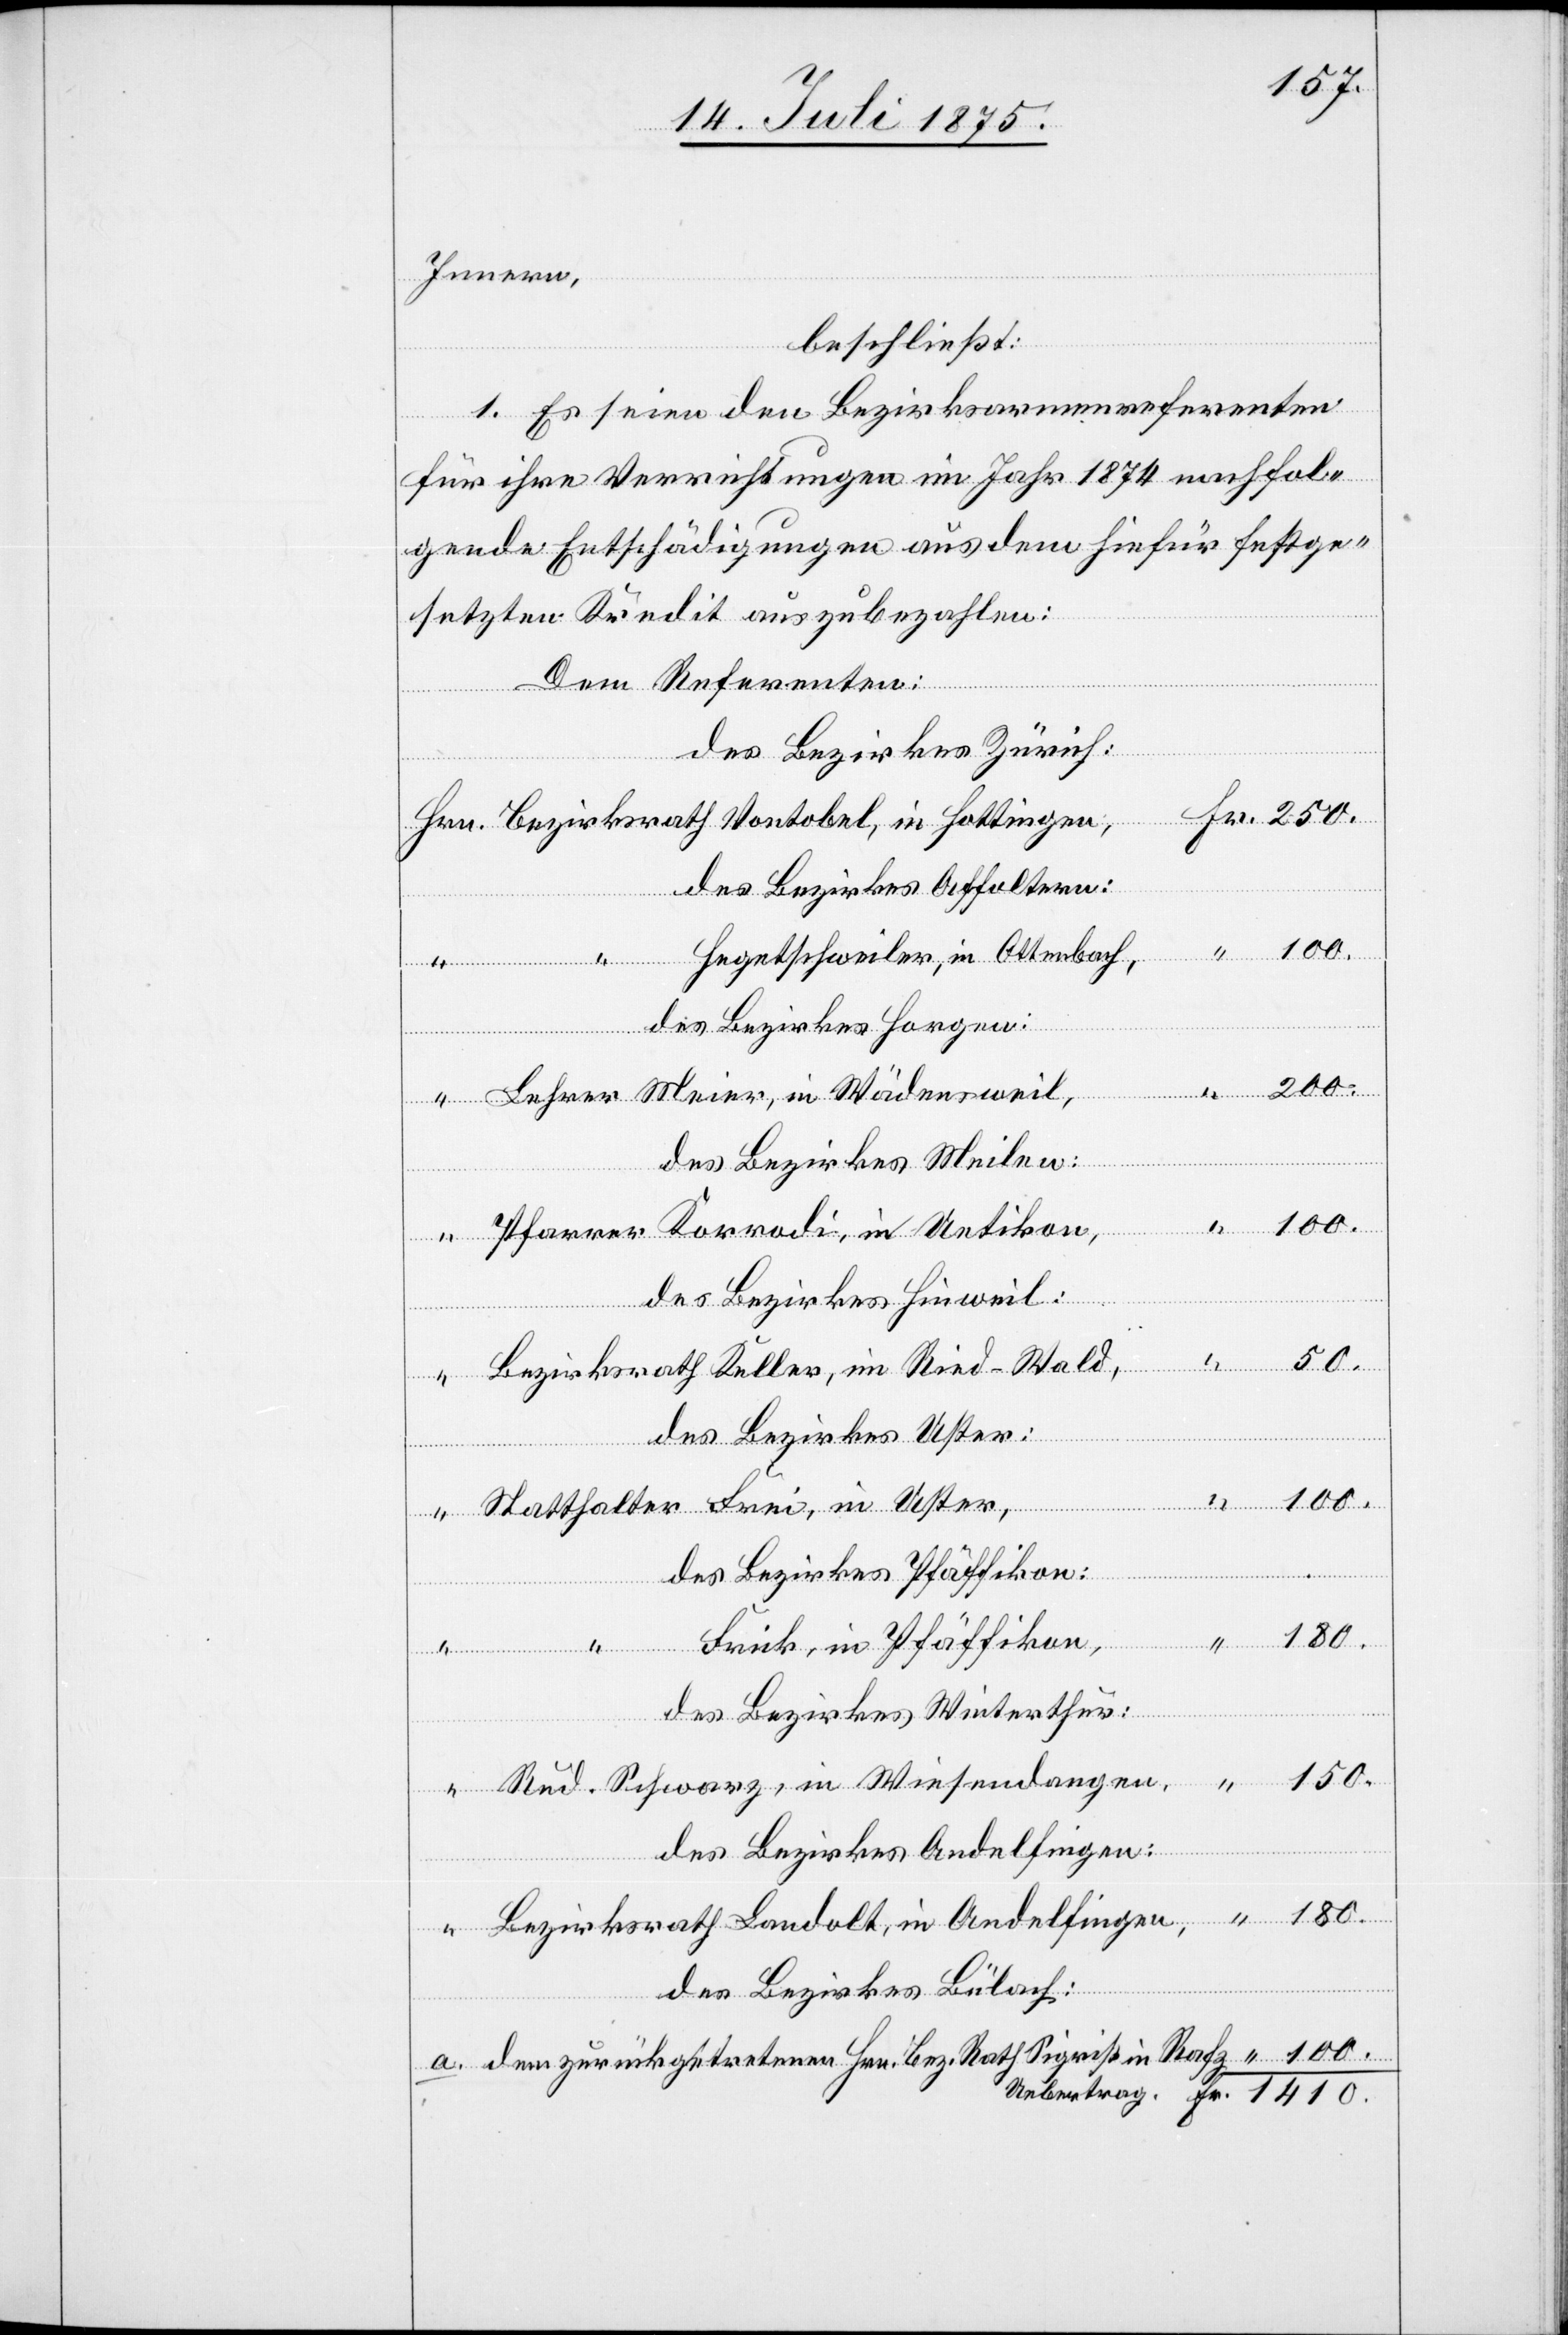
Innern,
beschließt:
1. Es seien den Bezirksarmenreferenten
für ihre Verrichtungen im Jahr 1874 nachfol¬
gende Entschädigungen aus dem hiefür festge¬
setzten Kredit auszubezahlen:
Dem Referenten:
des Bezirkes Zürich:
des Bezirkes Affoltern:
100.
Hegetschweiler, in Ottenbach,
des Bezirkes Horgen:
Uebertrag
des Bezirkes Meilen:
in
des Bezirkes Hinweil:
50.
des Bezirkes Uster
des Bezirkes Pfäffikon
1410.
“
Frick, in Pfäffikon,
dem zurückgetretenen
des Bezirkes Winterthur
Rud. Schwarz, in Wiesendangen
des Bezirkes Andelfingen:
des Bezirkes Bülach: